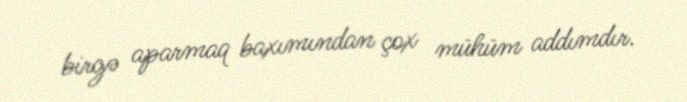
birgə aparmaq baxımından çox mühüm addımdır.